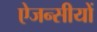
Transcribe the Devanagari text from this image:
ऐजन्सीयों